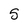
Character: 5